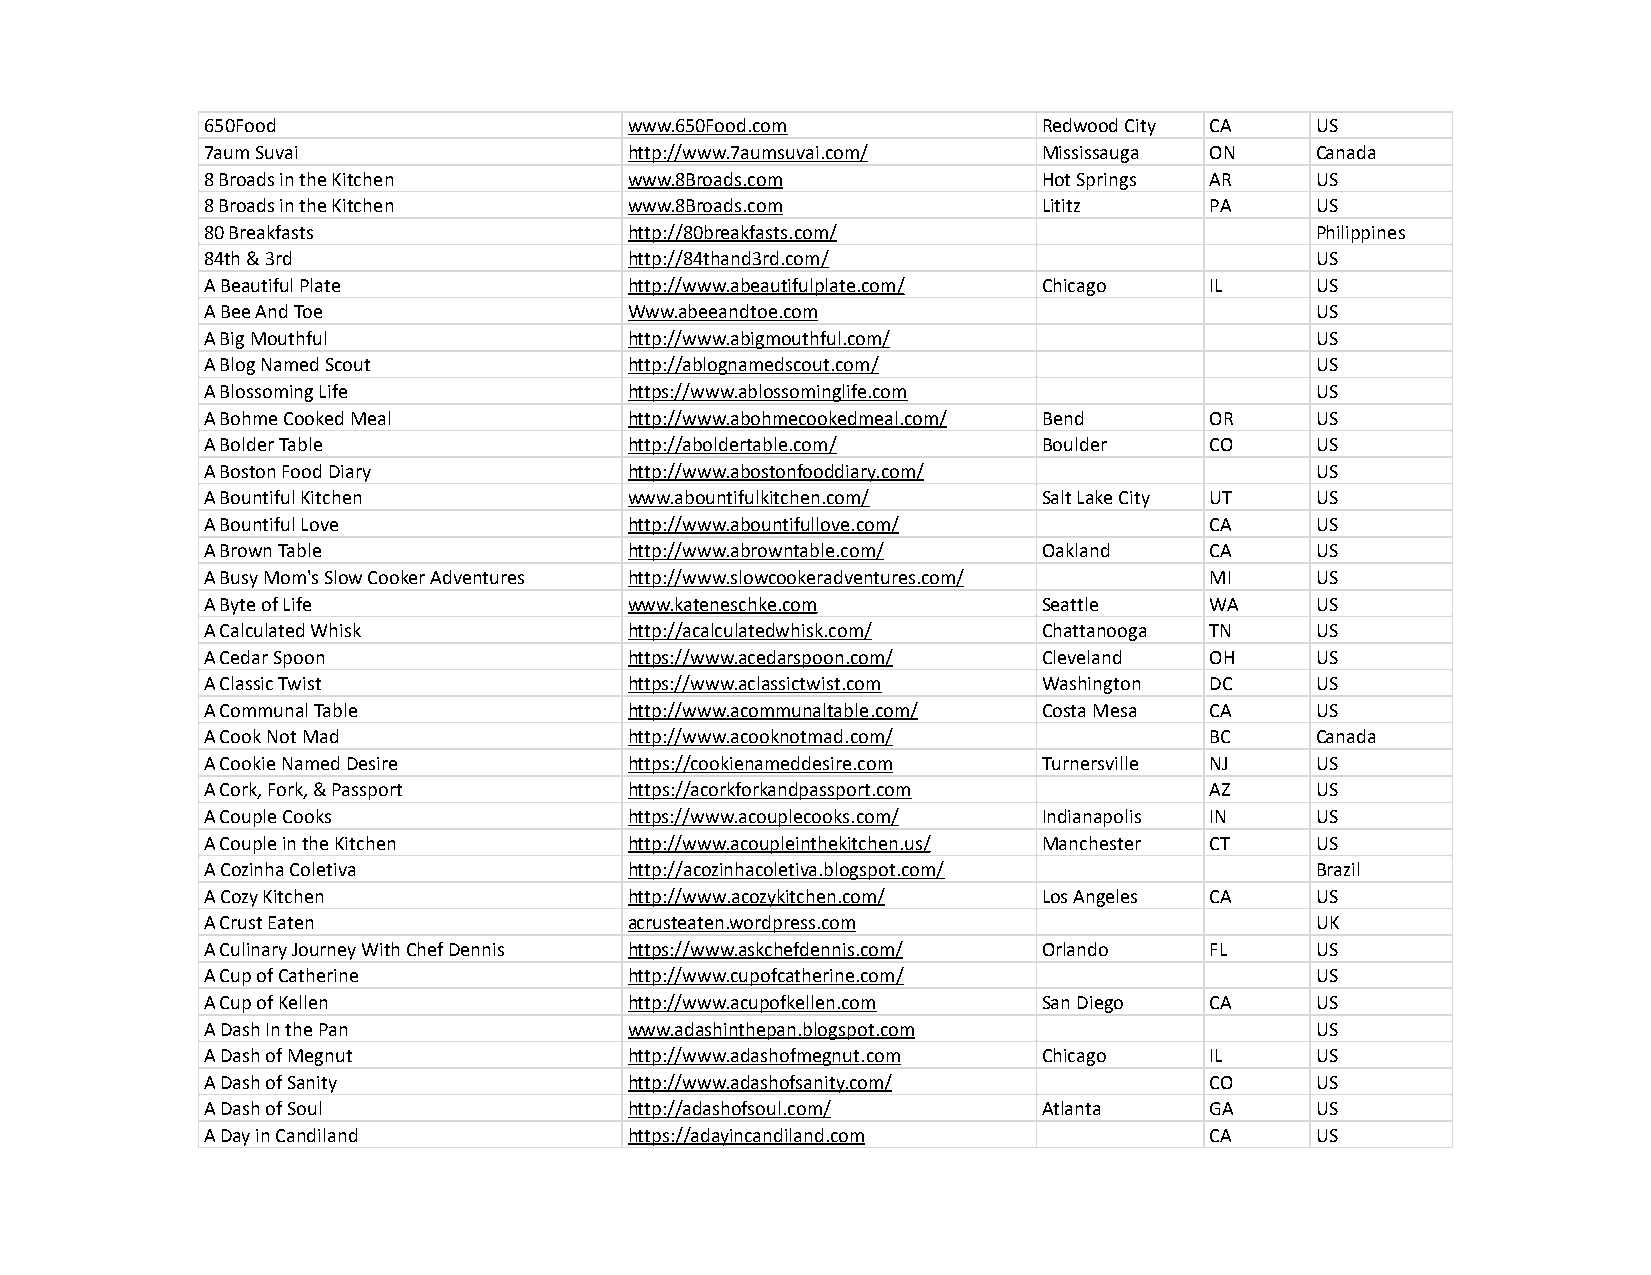
650Food                     www.650Food.com            Redwood City CA   US
 7aum Suvai                  http://www.7aumsuvai.com/  Mississauga ON    Canada
 8 Broads in the Kitchen     www.8Broads.com            Hot Springs AR    US
 8 Broads in the Kitchen     www.8Broads.com            Lititz     PA     US
 80 Breakfasts               http://80breakfasts.com/                     Philippines
 84th & 3rd                  http://84thand3rd.com/                       US
 A Beautiful Plate           http://www.abeautifulplate.com/ Chicago IL   US
 A Bee And Toe               Www.abeeandtoe.com                           US
 A Big Mouthful              http://www.abigmouthful.com/                 US
 A Blog Named Scout          http://ablognamedscout.com/                  US
 A Blossoming Life           https://www.ablossominglife.com              US
 A Bohme Cooked Meal         http://www.abohmecookedmeal.com/ Bend OR     US
 A Bolder Table              http://aboldertable.com/   Boulder    CO     US
 A Boston Food Diary         http://www.abostonfooddiary.com/             US
 A Bountiful Kitchen         www.abountifulkitchen.com/ Salt Lake City UT US
 A Bountiful Love            http://www.abountifullove.com/        CA     US
 A Brown Table               http://www.abrowntable.com/ Oakland   CA     US
 A Busy Mom's Slow Cooker Adventures http://www.slowcookeradventures.com/ MI US
 A Byte of Life              www.kateneschke.com        Seattle    WA     US
 A Calculated Whisk          http://acalculatedwhisk.com/ Chattanooga TN  US
 A Cedar Spoon               https://www.acedarspoon.com/ Cleveland OH    US
 A Classic Twist             https://www.aclassictwist.com Washington DC  US
 A Communal Table            http://www.acommunaltable.com/ Costa Mesa CA US
 A Cook Not Mad              http://www.acooknotmad.com/           BC     Canada
 A Cookie Named Desire       https://cookienameddesire.com Turnersville NJ US
 A Cork, Fork, & Passport    https://acorkforkandpassport.com      AZ     US
 A Couple Cooks              https://www.acouplecooks.com/ Indianapolis IN US
 A Couple in the Kitchen     http://www.acoupleinthekitchen.us/ Manchester CT US
 A Cozinha Coletiva          http://acozinhacoletiva.blogspot.com/        Brazil
 A Cozy Kitchen              http://www.acozykitchen.com/ Los Angeles CA  US
 A Crust Eaten               acrusteaten.wordpress.com                    UK
 A Culinary Journey With Chef Dennis https://www.askchefdennis.com/ Orlando FL US
 A Cup of Catherine          http://www.cupofcatherine.com/               US
 A Cup of Kellen             http://www.acupofkellen.com San Diego CA     US
 A Dash In the Pan           www.adashinthepan.blogspot.com               US
 A Dash of Megnut            http://www.adashofmegnut.com Chicago  IL     US
 A Dash of Sanity            http://www.adashofsanity.com/         CO     US
 A Dash of Soul              http://adashofsoul.com/    Atlanta    GA     US
 A Day in Candiland          https://adayincandiland.com           CA     US